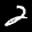
Digit: 2